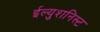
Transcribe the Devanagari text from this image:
ईल्युशनिस्ट